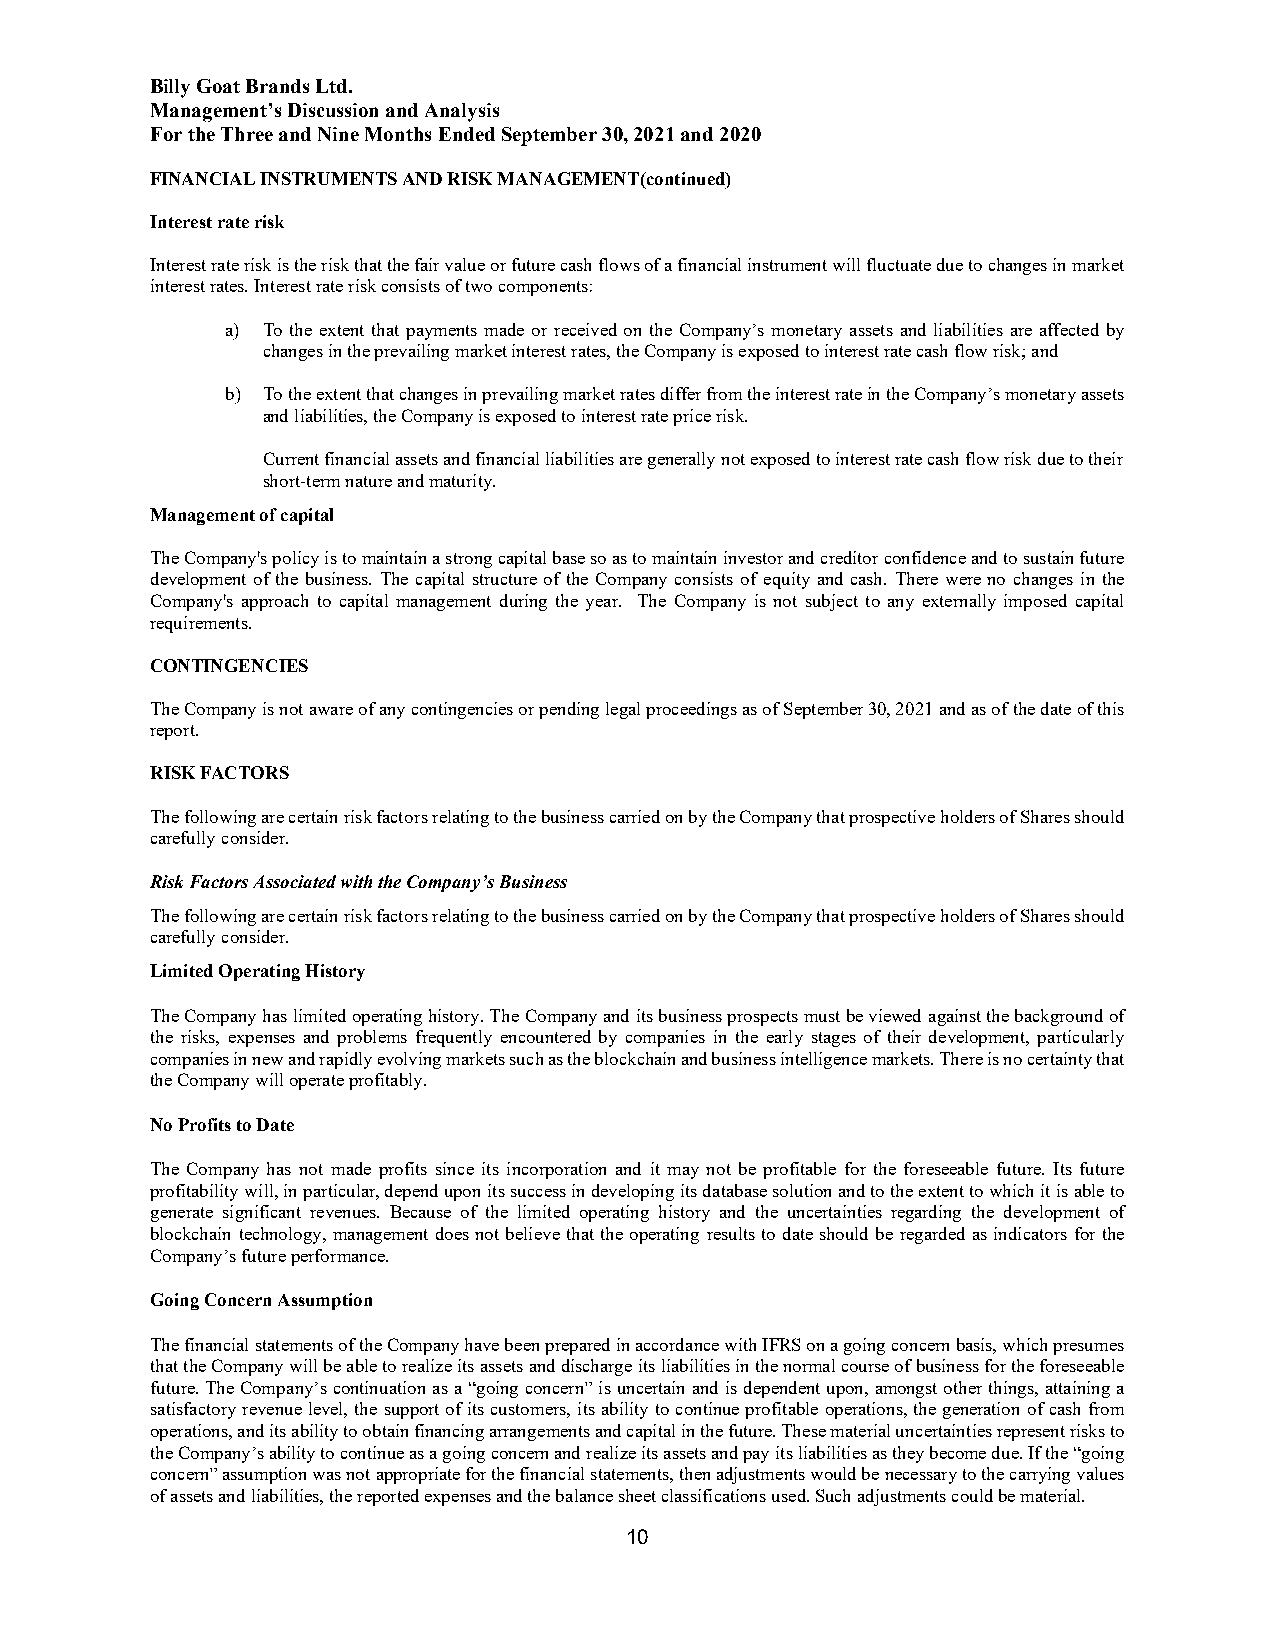
Billy Goat Brands Ltd.
 Management’s Discussion and Analysis
 For the Three and Nine Months Ended September 30, 2021 and 2020
 FINANCIAL INSTRUMENTS AND RISK MANAGEMENT(continued)
 Interest rate risk
 Interest rate risk is the risk that the fair value or future cash flows of a financial instrument will fluctuate due to changes in market
 interest rates. Interest rate risk consists of two components:
 a) To the extent that payments made or received on the Company’s monetary assets and liabilities are affected by
 changes in the prevailing market interest rates, the Company is exposed to interest rate cash flow risk; and
 b) To the extent that changes in prevailing market rates differ from the interest rate in the Company’s monetary assets
 and liabilities, the Company is exposed to interest rate price risk.
 Current financial assets and financial liabilities are generally not exposed to interest rate cash flow risk due to their
 short-term nature and maturity.
 Management of capital
 The Company's policy is to maintain a strong capital base so as to maintain investor and creditor confidence and to sustain future
 development of the business. The capital structure of the Company consists of equity and cash. There were no changes in the
 Company's approach to capital management during the year. The Company is not subject to any externally imposed capital
 requirements.
 CONTINGENCIES
 The Company is not aware of any contingencies or pending legal proceedings as of September 30, 2021 and as of the date of this
 report.
 RISK FACTORS
 The following are certain risk factors relating to the business carried on by the Company that prospective holders of Shares should
 carefully consider.
 Risk Factors Associated with the Company’s Business
 The following are certain risk factors relating to the business carried on by the Company that prospective holders of Shares should
 carefully consider.
 Limited Operating History
 The Company has limited operating history. The Company and its business prospects must be viewed against the background of
 the risks, expenses and problems frequently encountered by companies in the early stages of their development, particularly
 companies in new and rapidly evolving markets such as the blockchain and business intelligence markets. There is no certainty that
 the Company will operate profitably.
 No Profits to Date
 The Company has not made profits since its incorporation and it may not be profitable for the foreseeable future. Its future
 profitability will, in particular, depend upon its success in developing its database solution and to the extent to which it is able to
 generate significant revenues. Because of the limited operating history and the uncertainties regarding the development of
 blockchain technology, management does not believe that the operating results to date should be regarded as indicators for the
 Company’s future performance.
 Going Concern Assumption
 The financial statements of the Company have been prepared in accordance with IFRS on a going concern basis, which presumes
 that the Company will be able to realize its assets and discharge its liabilities in the normal course of business for the foreseeable
 future. The Company’s continuation as a “going concern” is uncertain and is dependent upon, amongst other things, attaining a
 satisfactory revenue level, the support of its customers, its ability to continue profitable operations, the generation of cash from
 operations, and its ability to obtain financing arrangements and capital in the future. These material uncertainties represent risks to
 the Company’s ability to continue as a going concern and realize its assets and pay its liabilities as they become due. If the “going
 concern” assumption was not appropriate for the financial statements, then adjustments would be necessary to the carrying values
 of assets and liabilities, the reported expenses and the balance sheet classifications used. Such adjustments could be material.
 10